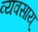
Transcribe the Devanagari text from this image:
व्यवसाय्